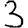
Digit: 3